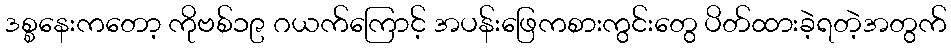
ဒစ္စနေးကတော့ ကိုဗစ်၁၉ ဂယက်ကြောင့် အပန်းဖြေကစားကွင်းတွေ ပိတ်ထားခဲ့ရတဲ့အတွက်